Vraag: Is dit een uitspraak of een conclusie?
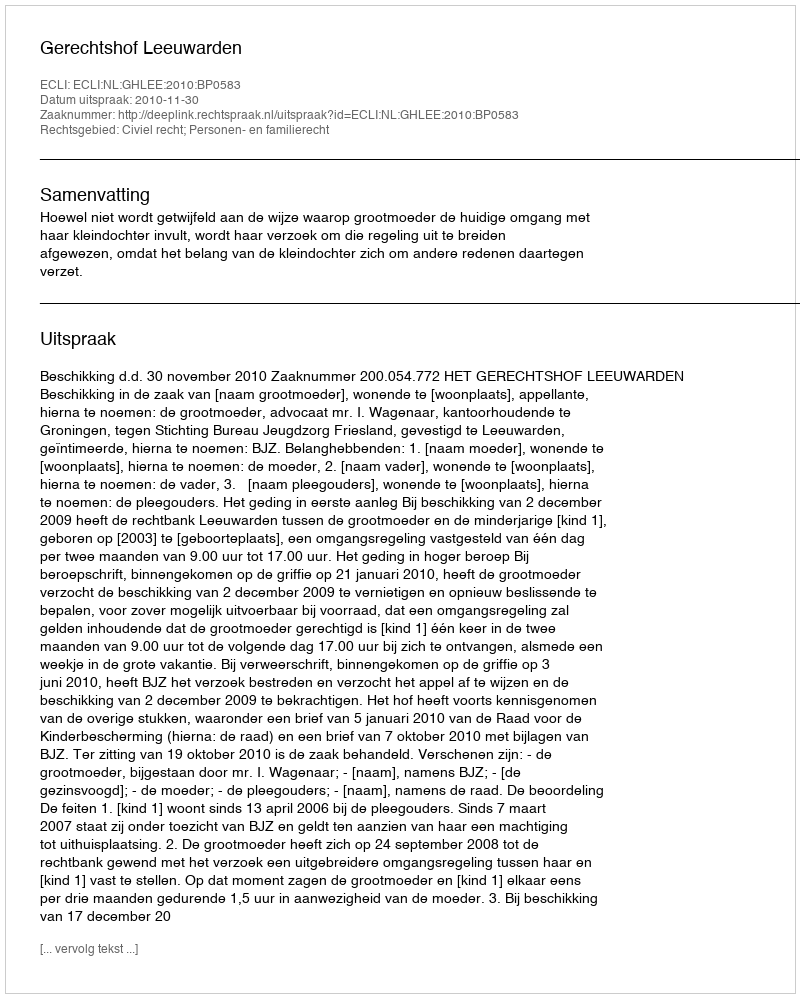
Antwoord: Uitspraak